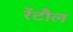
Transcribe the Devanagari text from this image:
रेंटौल